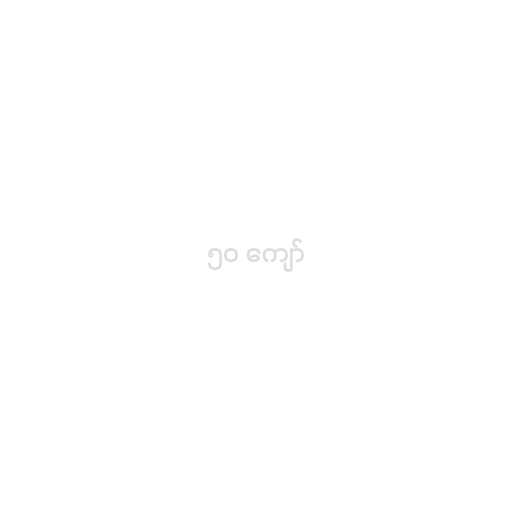
၅၀ ကျော်